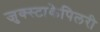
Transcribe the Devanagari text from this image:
जुक्स्टाकेपिलरी